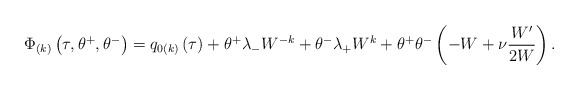
\begin{align*}\Phi _{\left( k\right) }\left( \tau, \theta ^{+}, \theta ^{-}\right)=q_{0\left( k\right) }\left( \tau \right) +\theta ^{+}\lambda_{-}W^{-k}+\theta ^{-}\lambda _{+}W^k+\theta ^{+}\theta ^{-}\left( -W+\nu\frac{W^{\prime }}{2W}\right) .\end{align*}